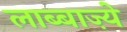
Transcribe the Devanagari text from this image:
लाब्बाज़्ये